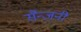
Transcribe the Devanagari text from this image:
सैन्जनी